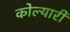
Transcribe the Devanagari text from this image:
कोल्यारी